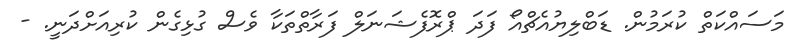
މަސައްކަތް ކުރަމުން. ޑަބްލިޔުއެޗްއޯ ފަދަ ޕްރޮފެޝަނަލް ފަރާތްތަކާ ވެސް ގުޅިގެން ކުރިއަށްދަނީ. -